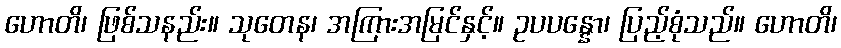
ဟောတိ၊ ဖြစ်သနည်း။ သုတေန၊ အကြားအမြင်နှင့်။ ဥပပန္နော၊ ပြည့်စုံသည်။ ဟောတိ၊